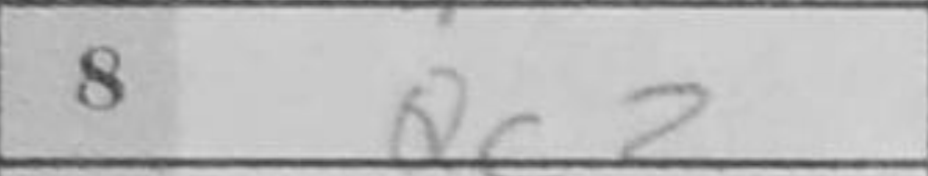
Transcription: Qc2